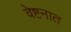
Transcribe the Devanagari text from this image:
वेष्टनात